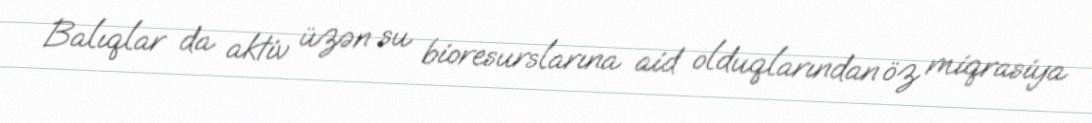
Balıqlar da aktiv üzən su bioresurslarına aid olduqlarından öz miqrasiya